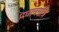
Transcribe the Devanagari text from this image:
प्रधानमंत्रि